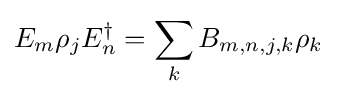
E_{m}\rho _{j}E_{n}^{\dagger }=\sum _{k}B_{m,n,j,k}\rho _{k}